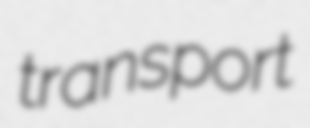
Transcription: transport